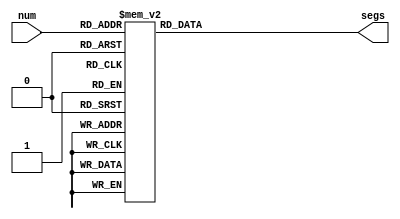
`timescale 1ns / 1ps
//////////////////////////////////////////////////////////////////////////////////
// Company:        Universidad Nacional de Colombia
// 
// Design Name:    Decimal a siete segmentos
// Module Name:    Siete_segs 
// Project Name:   Contador 0 a 9999
// Target Devices: Xilinx Spartan-3E FPGA
// Tool versions: 
// Description:   Traductor decimal a siete segmentos
//
// Dependencies: 
//
// Revision: 
// Revision 0.01 - File Created
// Additional Comments: 
//
//////////////////////////////////////////////////////////////////////////////////
module Siete_segs(input [3:0] num,
					   output reg [6:0] segs);
						
//La variable num de 4 bits lee el nmero que ser codificado
//La variable segs contiene los valores lgicos que se entrgarn al 7 segmentos
					 
	always @(*)
	
	//Utilizamos un case para evaluar los difierentes casos en la variable de entrada y asignarle valores 
	//a la variable de salida
		case (num)
		
			//		     abcdefg
			0: segs=7'b0000001;
			1: segs=7'b1001111;
			2: segs=7'b0010010;
			3: segs=7'b0000110;
			4: segs=7'b1001100;
			5: segs=7'b0100100;
			6: segs=7'b0100000;
			7: segs=7'b0001111;
			8: segs=7'b0000000;
			9: segs=7'b0000100;
			10:segs=7'b0001000;
			11:segs=7'b1100000;
			12:segs=7'b0110001;
			13:segs=7'b1000010;
			14:segs=7'b0110000;
			15:segs=7'b0111000;
			
		endcase

endmodule